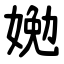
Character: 㛯